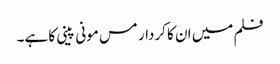
فلم میں ان کا کردار مس مونی پینی کا ہے۔